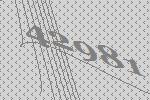
42981